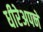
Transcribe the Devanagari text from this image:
धीरेअपने